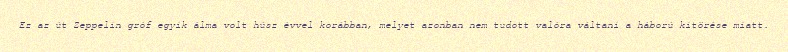
Ez az út Zeppelin gróf egyik álma volt húsz évvel korábban, melyet azonban nem tudott valóra váltani a háború kitörése miatt.